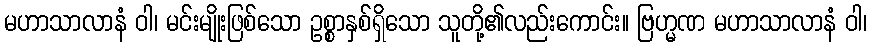
မဟာသာလာနံ ဝါ၊ မင်းမျိုးဖြစ်သော ဥစ္စာနှစ်ရှိသော သူတို့၏လည်းကောင်း။ ဗြဟ္မဏ မဟာသာလာနံ ဝါ၊